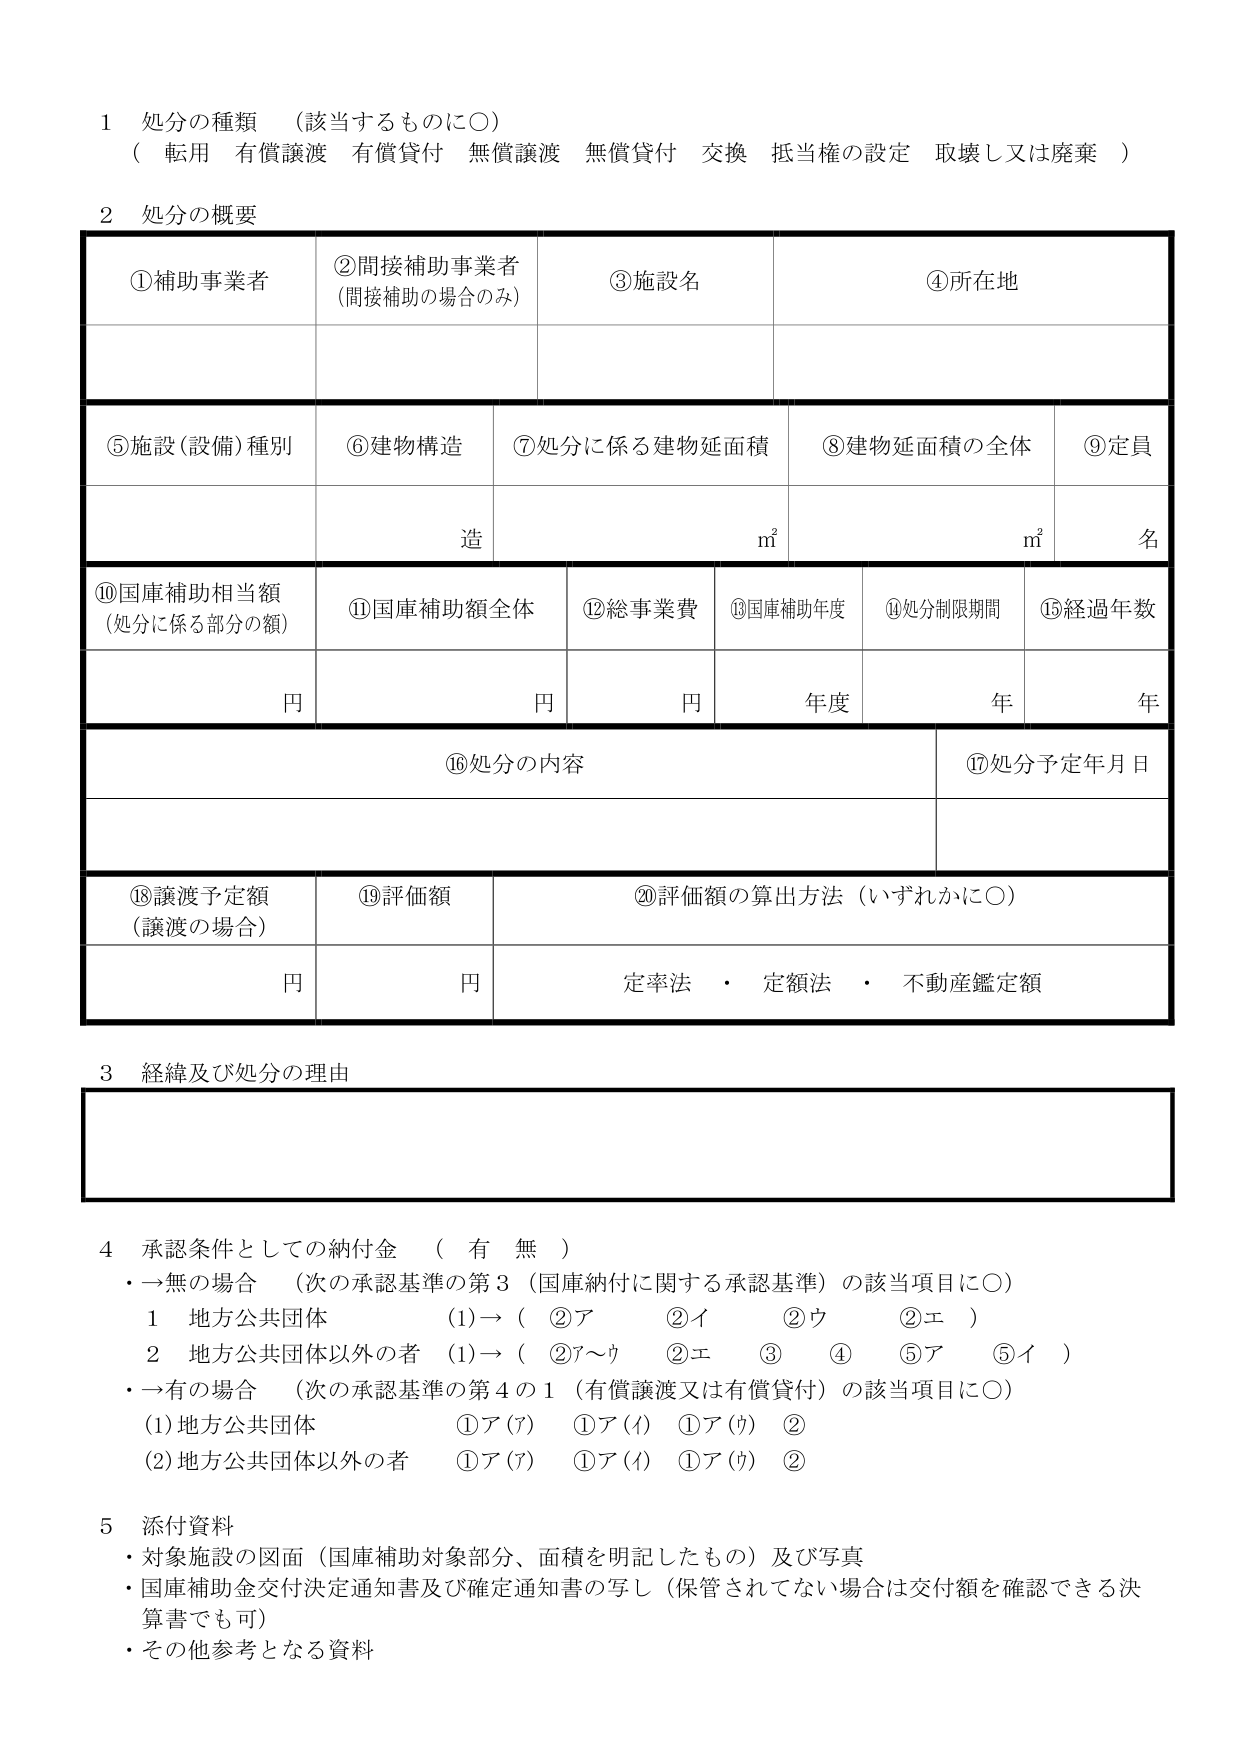
1 処分の種類 （該当するものに〇）
（ 転用 有償譲渡 有償貸付 無償譲渡 無償貸付 交換 抵当権の設定 取壊し又は廃棄 ）

2 処分の概要

①補助事業者
②間接補助事業者
（間接補助の場合のみ）
③施設名
④所在地

⑤施設（設備）種別
⑥建物構造
⑦処分に係る建物延面積
⑧建物延面積の全体
⑨定員

造
㎡
㎡
名

⑩国庫補助相当額
（処分に係る部分の額）
⑪国庫補助額全体
⑫総事業費
⑬国庫補助年度
⑭処分制限期間
⑮経過年数

円
円
円
年度
年
年

⑯処分の内容
⑰処分予定年月日

⑱譲渡予定額
（譲渡の場合）
⑲評価額
⑳評価額の算出方法（いずれかに〇）

円
円
定率法 ・ 定額法 ・ 不動産鑑定額

3 経緯及び処分の理由

4 承認条件としての納付金 （ 有 無 ）
・→無の場合 （次の承認基準の第3（国庫納付に関する承認基準）の該当項目に〇）
　1 地方公共団体 （1）→（ ②ア ②イ ②ウ ②エ ）
　2 地方公共団体以外の者 （1）→（ ②ア～ウ ②エ ③ ④ ⑤ア ⑤イ ）
・→有の場合 （次の承認基準の第4の1（有償譲渡又は有償貸付）の該当項目に〇）
　(1)地方公共団体 ①ア(ア) ①ア(イ) ①ア(ウ) ②
　(2)地方公共団体以外の者 ①ア(ア) ①ア(イ) ①ア(ウ) ②

5 添付資料
・対象施設の図面（国庫補助対象部分、面積を明記したもの）及び写真
・国庫補助金交付決定通知書及び確定通知書の写し（保管されてない場合は交付額を確認できる決算書でも可）
・その他参考となる資料